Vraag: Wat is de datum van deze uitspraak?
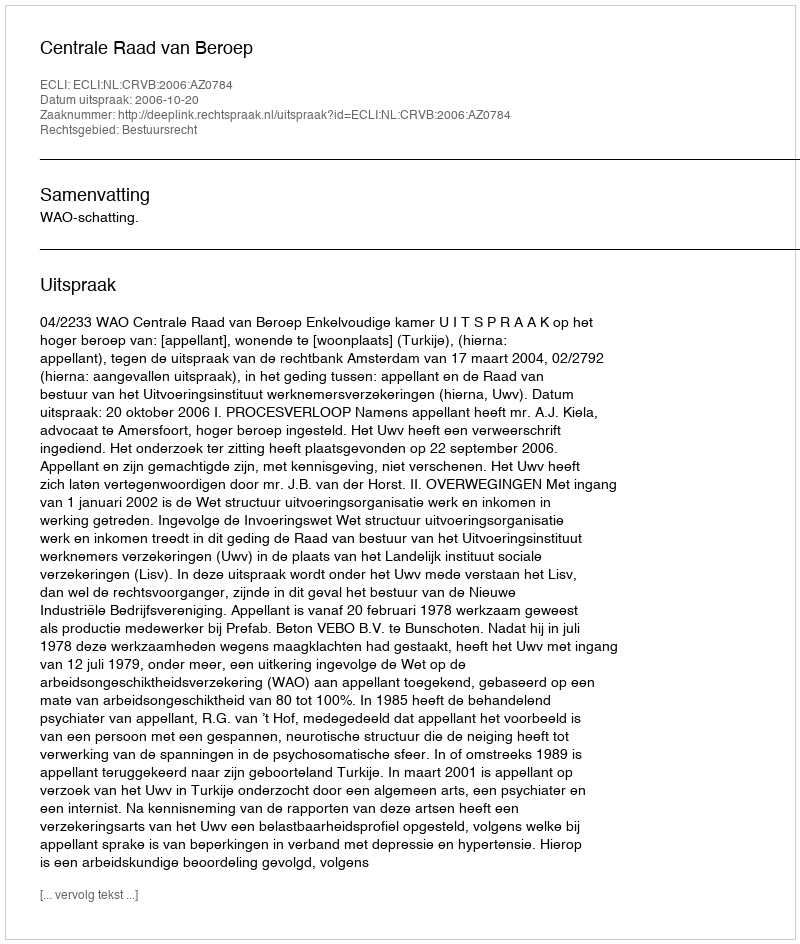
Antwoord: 2006-10-20